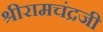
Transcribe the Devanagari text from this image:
श्रीरामचंद्रजी